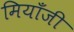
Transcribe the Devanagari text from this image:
मियाँजी